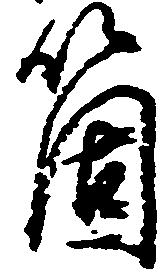
箇